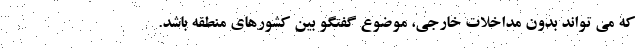
که می تواند بدون مداخلات خارجی، موضوع گفتگو بین کشورهای منطقه باشد.